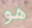
هو